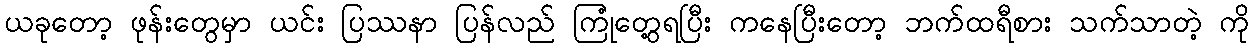
ယခုတော့ ဖုန်းတွေမှာ ယင်း ပြဿနာ ပြန်လည် ကြုံတွေ့ရပြီး ကနေပြီးတော့ ဘက်ထရီစား သက်သာတဲ့ ကို